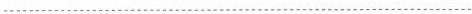
___